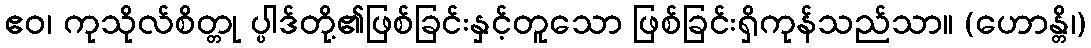
ဧဝ၊ ကုသိုလ်စိတ္တု ပ္ပါဒ်တို့၏ဖြစ်ခြင်းနှင့်တူသော ဖြစ်ခြင်းရှိကုန်သည်သာ။ (ဟောန္တိ၊)